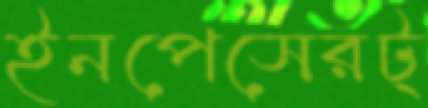
ইনপেসেরট্